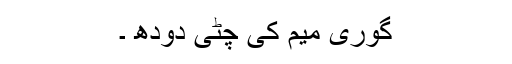
گوری میم کی چٹی دودھ ۔